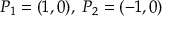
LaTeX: P _ { 1 } = ( 1 , 0 ) , \; P _ { 2 } = ( - 1 , 0 )